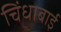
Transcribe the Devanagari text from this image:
चिंधाबाई